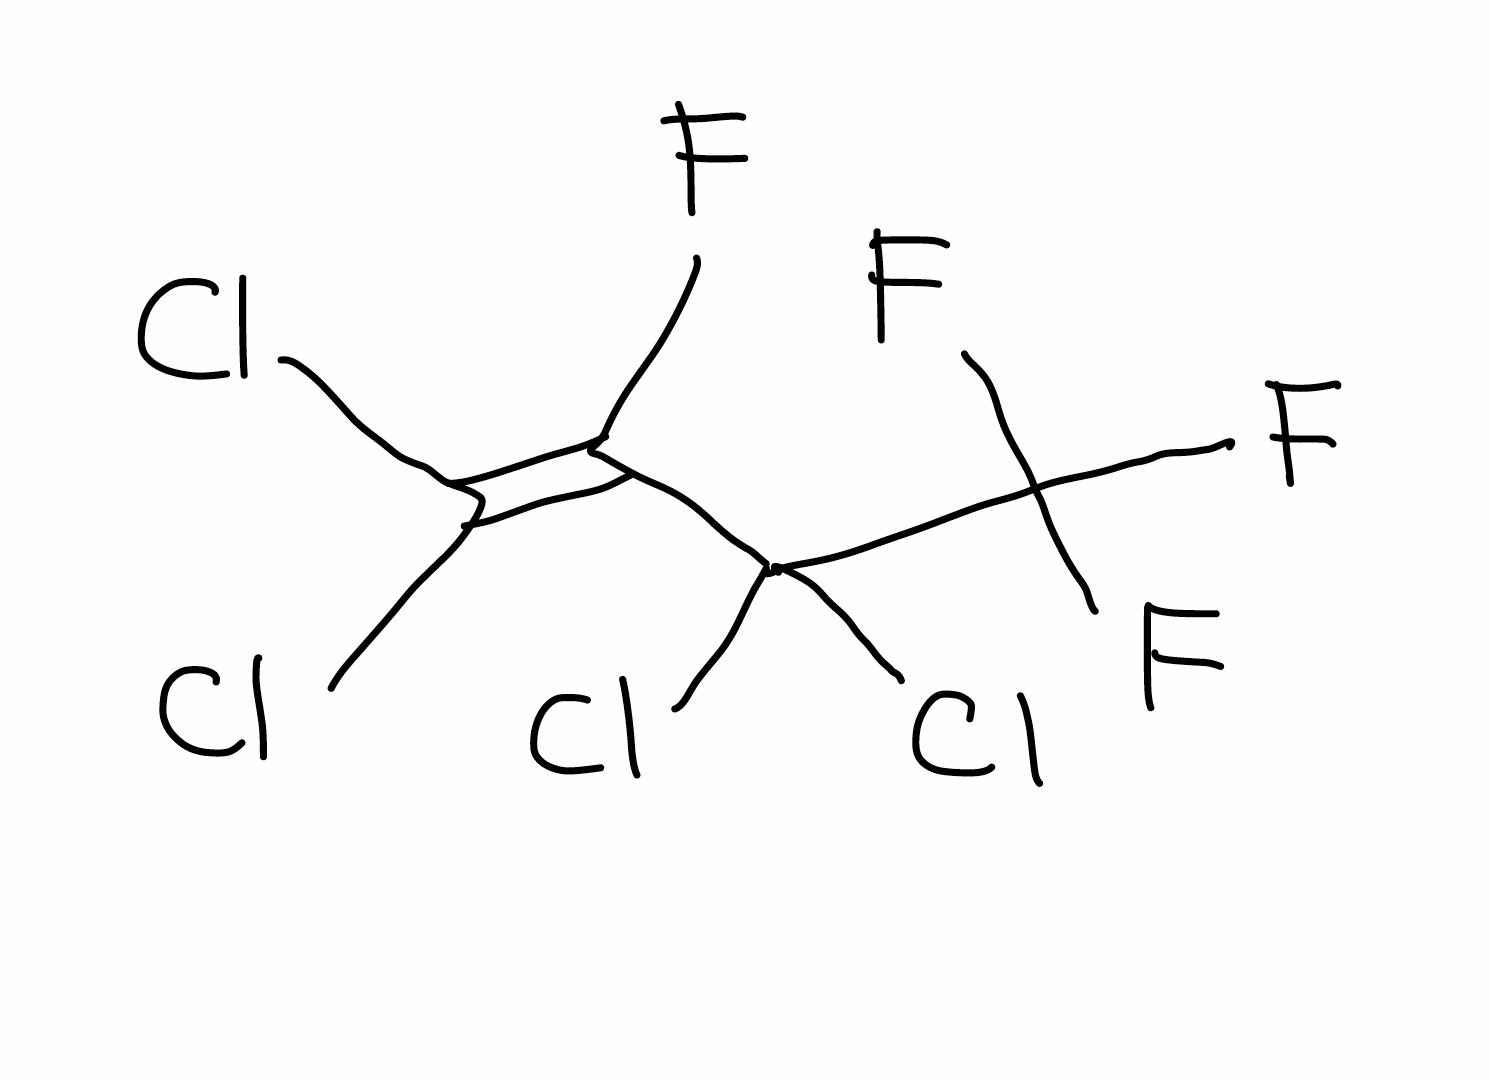
Simplified molecular-input line-entry system (SMILES) notation of the given molecule:
C(=C(Cl)Cl)(C(C(F)(F)F)(Cl)Cl)F